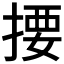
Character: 𢰳